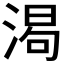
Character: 𬈌